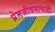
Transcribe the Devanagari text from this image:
प्रेमजीवनाचाही